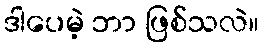
ဒါပေမဲ့ ဘာ ဖြစ်သလဲ။